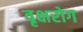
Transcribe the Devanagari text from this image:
वृक्षरोग